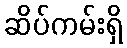
ဆိပ်ကမ်းရှိ